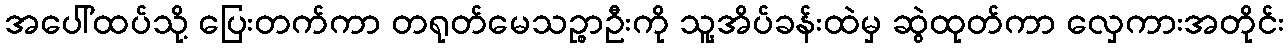
အပေါ်ထပ်သို့ ပြေးတက်ကာ တရုတ်မေသဉ္စာဦးကို သူ့အိပ်ခန်းထဲမှ ဆွဲထုတ်ကာ လှေကားအတိုင်း